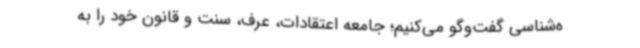
ه‌شناسی گفت‌وگو می‌کنیم؛ جامعه اعتقادات، عرف، سنت و قانون خود را به